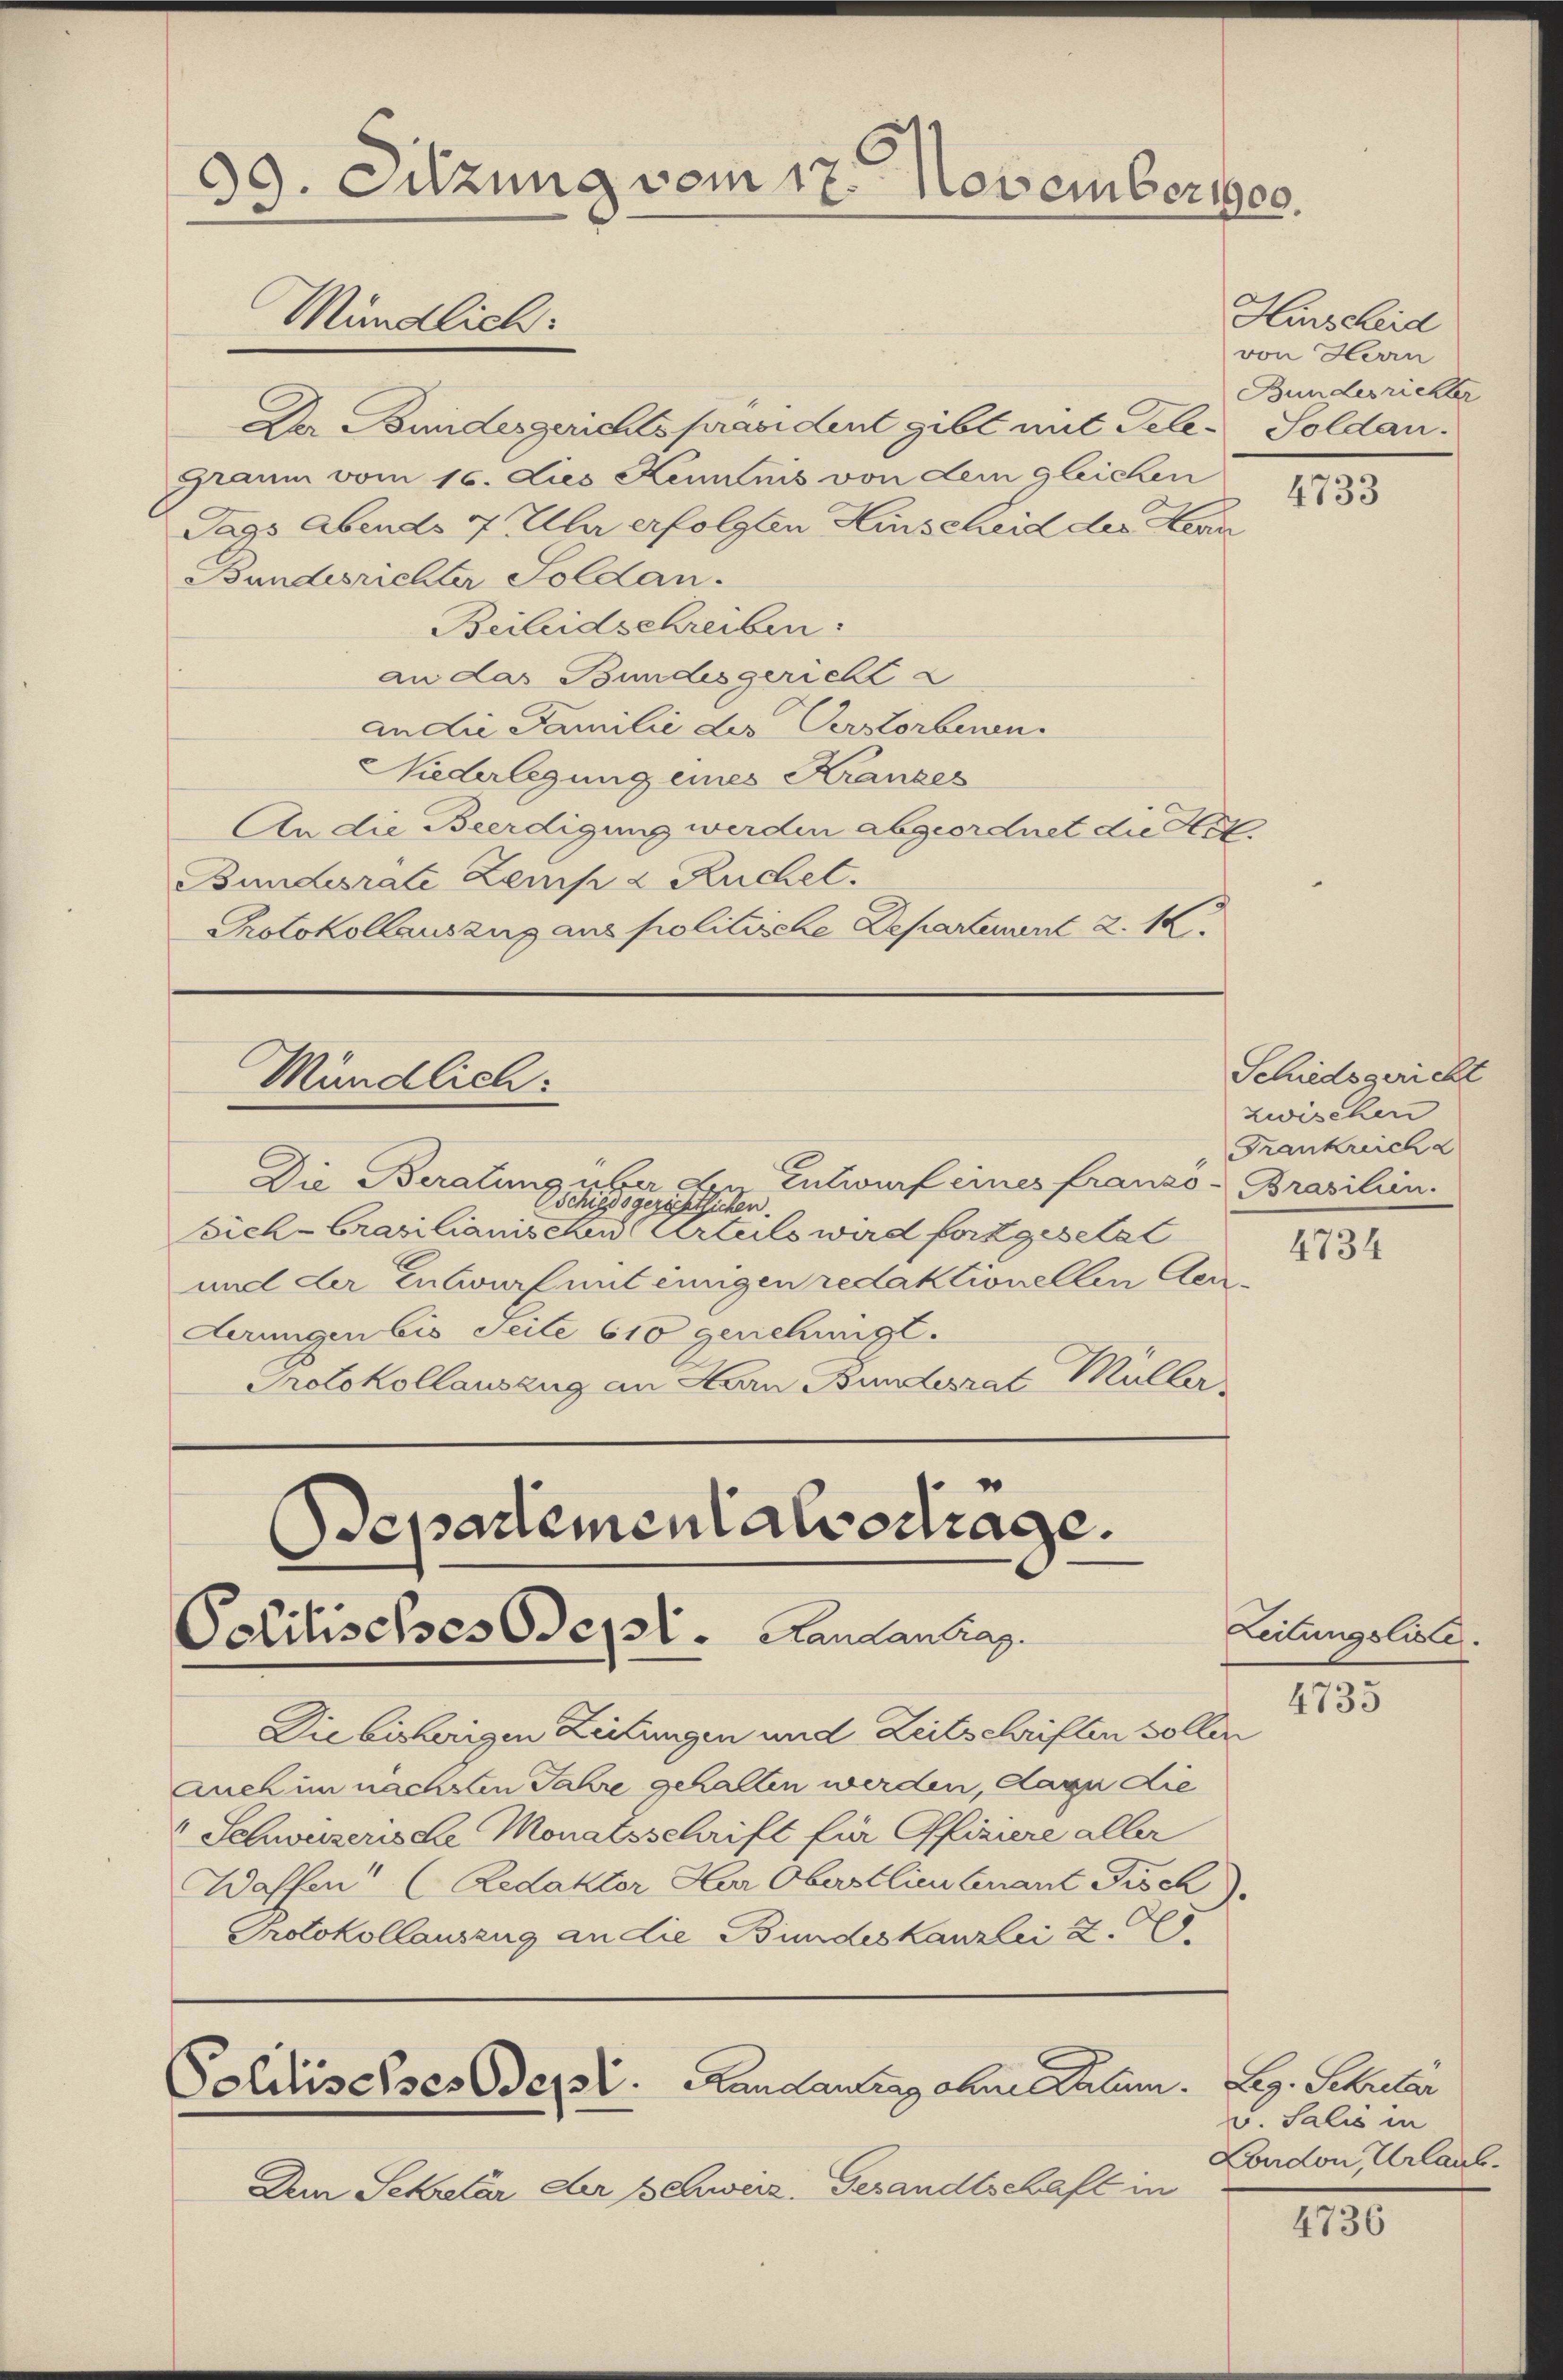
39. Sitzung vom 17. November 1900.
Mündlich.

Der Bundesgerichtspräsident gibt mit Tele-Soldau.
Graum vom 16. Lies Kenntnis von dem gleichen
Tags Abends 7 Uhr erfolgten Hinscheid des Kenn
Bundesrichter Soldan.
Beileidschreiben:
an das Bundesgericht a
audie Familie des Verstorbenen
Niederlegung eines Krances
An die Beerdigung werden abgeordnet die Tit.
Bundesrate Zemp 2 Ruchet.
Protokollauszug aus politische Departement 2. K

Die Beratung über der Entwurf eines franzö-Brasilien.
Tschiedsgerichtsichen.
Bich-Brasilianisches Urteils wird fortgesetzt
und der Entwurf mit einigen redaktionellen Ger¬
Aerungen bis Seite 610 gerichung.
Protokollauszug an Herrn Bundesrat Müller

Mündlich.

departementalvertrage.
Politisches Oserl. Handantrag.

Die bisherigen Zeitungen und Zeitschriften soller
Auch im nächsten Jahre gehalten werden, dann die
"Schweizerische Monatsschrift für Offiziere aller
Waffen (Redaktor Herr Obastlieutenant Fisch).
Protokollauszug an die Bundeskanzlei z. B.

Politisches Odept. Handantrag ohne Statum. Reg. Schrelar

Dem Schretär der Schweiz. Gesandtschaft in

Schiedsgericht
zwischen
Frankreich a

Hurscheid
von Herrn
Bundesrichter

4733

4734

Leitungsliste.

4735

4736

v. Salis in
London, Urlaub.